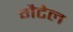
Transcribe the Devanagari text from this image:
गैटेल